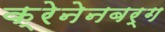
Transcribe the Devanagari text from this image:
क्रेनेनबर्ग